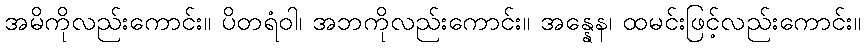
အမိကိုလည်းကောင်း။ ပိတရံဝါ၊ အဘကိုလည်းကောင်း။ အန္နေန၊ ထမင်းဖြင့်လည်းကောင်း။